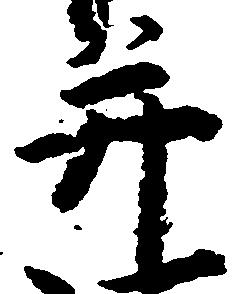
并